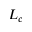
L _ { c }